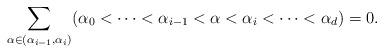
LaTeX: \begin{align*}\sum_{\alpha \in(\alpha_{i-1},\alpha_i)}(\alpha_0<\cdots <\alpha_{i-1}<\alpha<\alpha_i<\cdots<\alpha_d)=0.\end{align*}